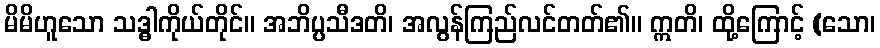
မိမိဟူသော သဒ္ဓါကိုယ်တိုင်။ အဘိပ္ပသီဒတိ၊ အလွန်ကြည်လင်တတ်၏။ ဣတိ၊ ထို့ကြောင့် (သော၊